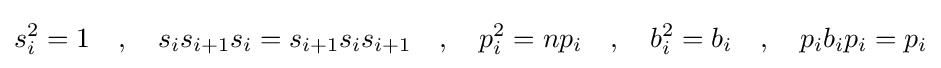
s_{i}^{2}=1\quad ,\quad s_{i}s_{i+1}s_{i}=s_{i+1}s_{i}s_{i+1}\quad ,\quad p_{i}^{2}=np_{i}\quad ,\quad b_{i}^{2}=b_{i}\quad ,\quad p_{i}b_{i}p_{i}=p_{i}